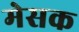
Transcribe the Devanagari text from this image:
मेसक